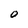
Character: O